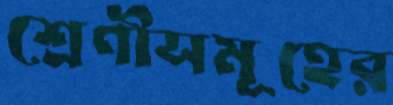
শ্রেণীসমূহের